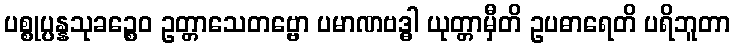
ပစ္စုပ္ပန္နသုခဉ္စေဝ ဥတ္တာသေတဗ္ဗော ပမာဏဗဒ္ဓါ ယုတ္တာမှီတိ ဥပဓာရေတိ ပရိဘူတာ